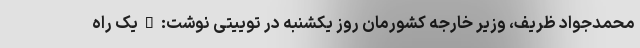
محمدجواد ظریف، وزیر خارجه کشورمان روز یکشنبه در توییتی نوشت:"یک راه